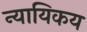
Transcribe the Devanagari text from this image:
न्यायिकय